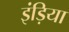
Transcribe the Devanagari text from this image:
इंड़िया